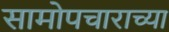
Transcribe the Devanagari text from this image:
सामोपचाराच्या